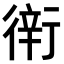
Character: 𧗶